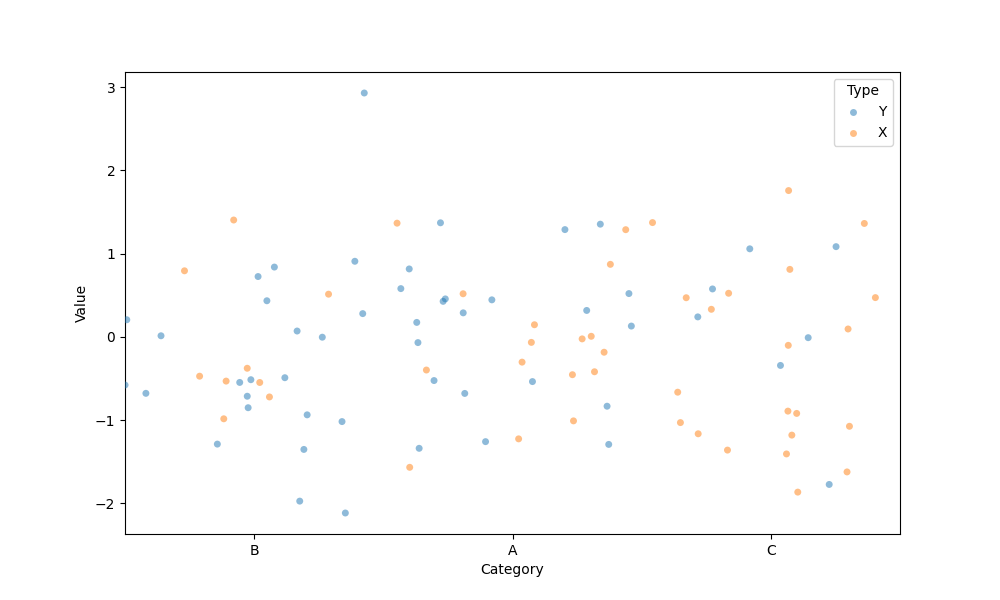
python, seaborn, stripplot, jitter=True, dodge=True, alpha=0.5, size=5